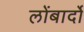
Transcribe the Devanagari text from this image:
लोंबार्दो